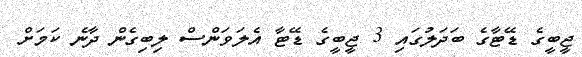
ޖީބީގެ ޑޭޓާގެ ބަދަލުގައި 3 ޖީބީގެ ޑޭޓާ އެލަވަންސް ލިބިގެން ދާނެ ކަމަށް